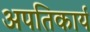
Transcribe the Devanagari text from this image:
अपतिकार्य